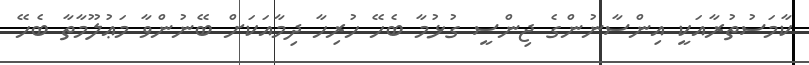
ކާމަސުތުރާއަކީ އިންސާނުންގެ ޖިންސީ ގުޅުމާ ބެހޭ ހުރިހާ ދިމާއަކަށް ބޭނުންވާ މަޢުލޫމާތާ ބެހޭ